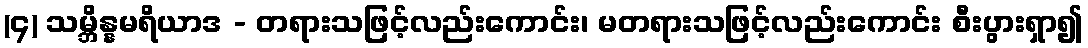
(၄) သမ္ဘိန္နမရိယာဒ - တရားသဖြင့်လည်းကောင်း၊ မတရားသဖြင့်လည်းကောင်း စီးပွားရှာ၍